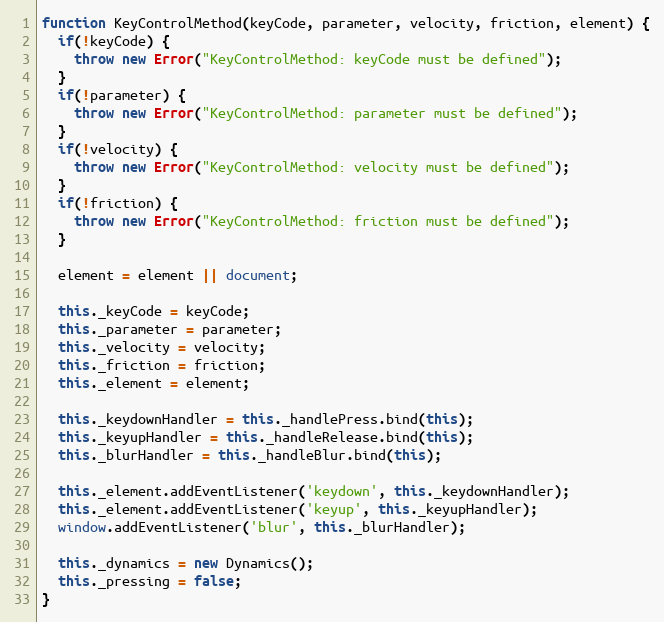
Language: JavaScript
function KeyControlMethod(keyCode, parameter, velocity, friction, element) {
  if(!keyCode) {
    throw new Error("KeyControlMethod: keyCode must be defined");
  }
  if(!parameter) {
    throw new Error("KeyControlMethod: parameter must be defined");
  }
  if(!velocity) {
    throw new Error("KeyControlMethod: velocity must be defined");
  }
  if(!friction) {
    throw new Error("KeyControlMethod: friction must be defined");
  }

  element = element || document;

  this._keyCode = keyCode;
  this._parameter = parameter;
  this._velocity = velocity;
  this._friction = friction;
  this._element = element;

  this._keydownHandler = this._handlePress.bind(this);
  this._keyupHandler = this._handleRelease.bind(this);
  this._blurHandler = this._handleBlur.bind(this);

  this._element.addEventListener('keydown', this._keydownHandler);
  this._element.addEventListener('keyup', this._keyupHandler);
  window.addEventListener('blur', this._blurHandler);

  this._dynamics = new Dynamics();
  this._pressing = false;
}